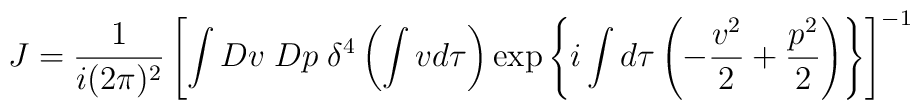
J=\frac{1}{i(2\pi)^2}\left[\int Dv\; Dp\; \delta^4 \left(\int v  d\tau \right)\exp\left\{i\int d \tau\left (-\frac{v^2}{2}+ \frac{p^2}{2}\right)\right\}\right]^{-1}